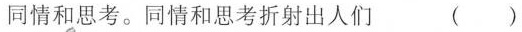
同情和思考折射出人们 ()